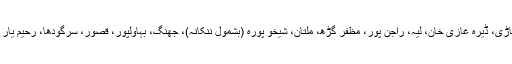
بھکر، ٹوبہ ٹیک سنگھ، میانوالی، حافظ آباد، وہاڑی، ڈیرہ غازی خان، لیہ، راجن پور، مظفر گڑھ، ملتان، شیخو پورہ (بشمول ننکانہ)، جھنگ، بہاولپور، قصور، سرگودھا، رحیم یار خان، بہاولنگر، منڈی بہاؤالدین اور گوجرانوالہ۔